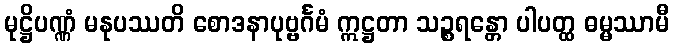
မုဋ္ဌိပဏ္ဏံ မနုပဿတိ စောဒနာပုဗ္ဗင်္ဂမံ ဣဋ္ဌတာ သဉ္စရန္တော ပါပတ္ထ ဓမ္မဿာမီ